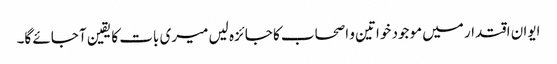
ایوان اقتدار میں موجود خواتین و اصحاب کا جائزہ لیں میری بات کا یقین آ جائے گا۔